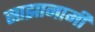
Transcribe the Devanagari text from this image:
साझानामी